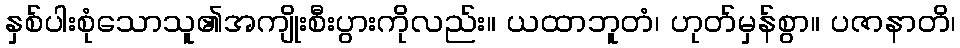
နှစ်ပါးစုံသောသူ၏အကျိုးစီးပွားကိုလည်း။ ယထာဘူတံ၊ ဟုတ်မှန်စွာ။ ပဇာနာတိ၊